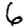
Digit: 6